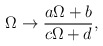
\begin{align*}{\Omega \to {a\Omega + b \over c\Omega + d},}\end{align*}